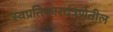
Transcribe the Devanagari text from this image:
स्वप्रतिकारयंत्रणेतील